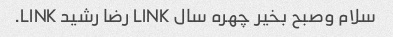
سلام وصبح بخیر چهره سال LINK رضا رشید LINK.